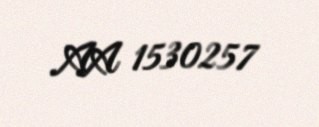
AA 1530257